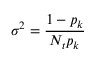
\sigma ^ { 2 } = \frac { 1 - p _ { k } } { N _ { t } p _ { k } }